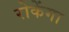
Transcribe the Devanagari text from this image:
रोकेंगा